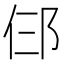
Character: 𬩹